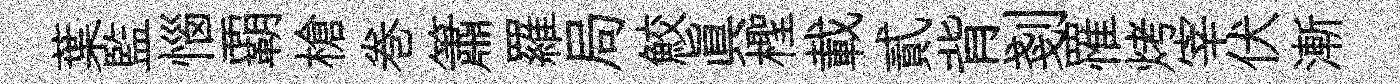
葉監惱覇槍巻簫羅局鮫眞檉載貳背剗罹烤宰伏漸